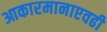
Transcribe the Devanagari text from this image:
आकारमानाएवढी